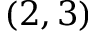
( 2 , 3 )